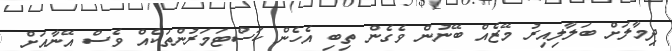
ދިމާލަށް ބަލާލިއިރު މޭޒެއް ބޭނުން ވެގެން ތިބި އެހެން ކަސްޓަމަރުންތަކެއް ވެސް އޭނާއަށް